Vaccination United Provinces of Agra and Oudh 1923-1928 - 1923-1928
Year: 1923
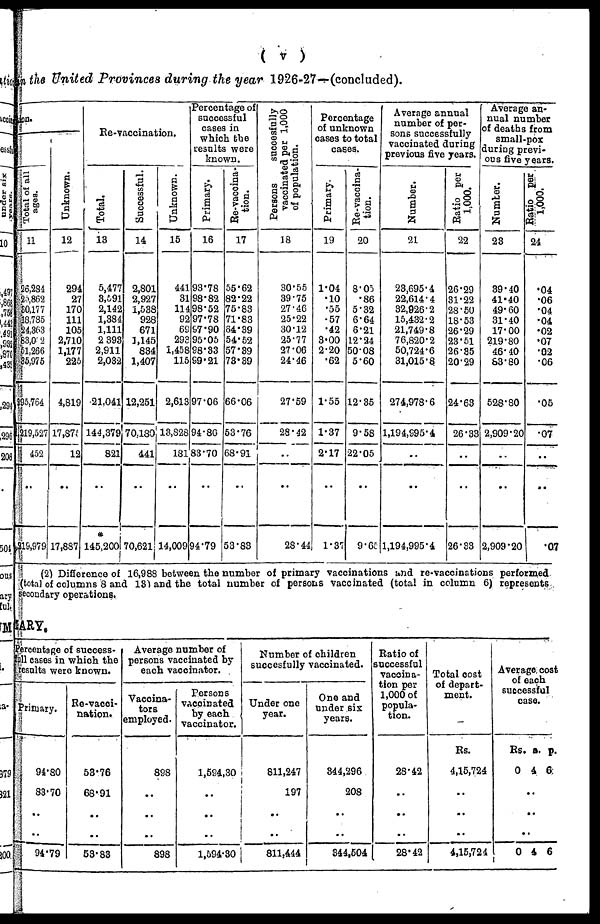
( v )
in the United Provinces during the year 1926-27—(concluded).
on.
Total of all
ages.
11
26,284
25,862
30,177
18,785
24,363
83,052
51,266
35,975
295,764
219,527
452
..
19,979
Unknown.
12
294
27
170
111
105
2,710
1,177
225
4,819
17,875
12
..
17,887
Re-vaccination.
Total.
13
5,477
3,591
2,142
1,384
1,111
2 398
2,911
2,032
21,041
144,379
821
..
*
145,200
Successful.
14
2,801
2,927
1,538
928
671
1,145
834
1,407
12,251
70,180
441
..
70,621
Unknown.
15
441
31
114
92
69
293
1,458
115
2,613
13,828
181
..
14,009
Percentage of
successful
cases in
which the
results were
known.
Primary.
16
93.78
98.82
98.52
97.78
S7.90
95.05
98.33
99.21
97.06
94.80
83.70
..
94.79
Re-vaccina¬
tion.
17
55.62
82.22
75.83
71.83
64.39
54.52
57.39
73.39
66.06
53.76
68.91
..
53.83
Persons
succesfully
vaccinated per 1,000
of population.
18
30.55
39.75
27.46
25.22
30.12
25.77
27.06
24.46
27.59
28.42
..
..
28.44
Percentage
of unknown
cases to total
cases.
Primary.
19
1.04
.10
.55
.57
.42
3.00
2.20
.62
1.55
1.37
2.17
..
1.37
Re-vaccina¬
tion.
20
8.05
.86
5.32
6.64
6.21
12.24
50.08
5.60
12.35
9.58
22.05
..
9.65
Average annual
number of per-
sons successfully
vaccinated during
previous five years.
Number.
21
23,695.4
22,614.4
32,926.2
15,432.2
21,749.8
76,820.2
50,724.6
31,015.8
274,978.6
1,194,995.4
..
..
1,194,995.4
Ratio per
1,000.
22
26.29
31.22
28.50
18.53
26.29
23.51
26.35
20.29
24.63
26.33
..
..
26.33
Average an-
nual number
of deaths from
small-pox
during previ-
ous five years.
Number.
23
39.40
41.40
49.60
31.40
17.00
219.80
46.40
83.80
528.80
2,909.20
..
..
2,909.20
Ratio per
1,000.
24
.04
.06
.04
.04
.02
.07
.02
.06
.05
.07
..
..
.07
(2) Difference of 16,988 between the number of primary vaccinations and re-vaccinations performed
(total of columns 8 and 13) and the total number of persons vaccinated (total in column 6) represents
secondary operations.
ARY.
Prcentage of success.
full cases in which the
results were known.
Primary.
94.80
83.70
..
..
94.79
Re-vacci-
nation.
53.76
68.91
..
..
53.83
Average number of
persons vaccinated by
each vaccinator.
Vaccina¬
tors
employed.
898
..
..
..
898
Persons
vaccinated
by each
vaccinator.
1,594,30
..
..
..
1,594.30
Number of children
succesfully vaccinated.
Under one
year.
811,247
197
..
..
811,444
One and
under sis
years.
344,296
208
..
..
344,504
Ratio of
successful
vaccina-
tion per
1,000 of
popula-
tion.
28.42
. .
..
..
28.42
Total cost
of depart-
ment.
Rs.
4,15,724
..
..
..
4,15,724
Average cost
of each
successful
case.
Rs.
0
a.
4
p.
6
..
..
..
0 4 6